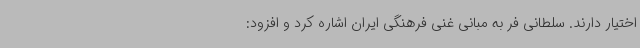
اختیار دارند. سلطانی فر به مبانی غنی فرهنگی ایران اشاره کرد و افزود: